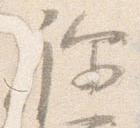
祢